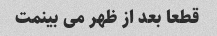
قطعا بعد از ظهر می بینمت